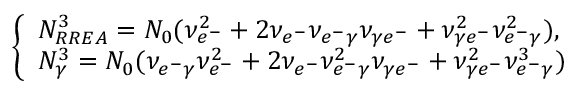
\left\{ \begin{array} { l l } { N _ { R R E A } ^ { 3 } = N _ { 0 } ( \nu _ { e ^ { - } } ^ { 2 } + 2 \nu _ { e ^ { - } } \nu _ { e ^ { - } \gamma } \nu _ { \gamma e ^ { - } } + \nu _ { \gamma e ^ { - } } ^ { 2 } \nu _ { e ^ { - } \gamma } ^ { 2 } ) , } \\ { N _ { \gamma } ^ { 3 } = N _ { 0 } ( \nu _ { e ^ { - } \gamma } \nu _ { e ^ { - } } ^ { 2 } + 2 \nu _ { e ^ { - } } \nu _ { e ^ { - } \gamma } ^ { 2 } \nu _ { \gamma e ^ { - } } + \nu _ { \gamma e ^ { - } } ^ { 2 } \nu _ { e ^ { - } \gamma } ^ { 3 } ) } \end{array} \right.